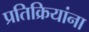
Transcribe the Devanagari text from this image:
प्रतिक्रियांना